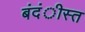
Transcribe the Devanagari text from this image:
बंदंीस्त